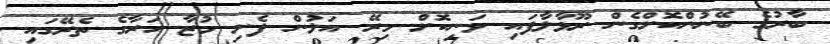
ބާރުގެ ބޭނުންކޮށްގެން ރޫޅާލާފައި ވަނިކޮށް މިރޭ އަލުން ފެށި މުޒާ ހަރާގެ ތެރޭގައި